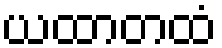
ယထာတထံ